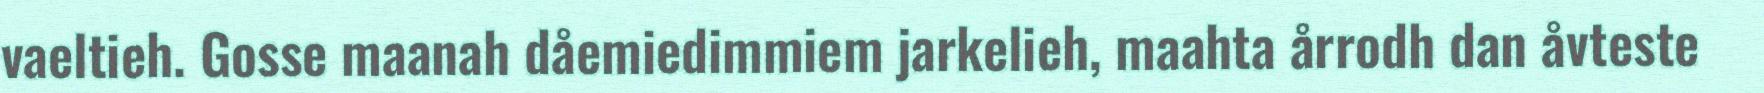
vaeltieh. Gosse maanah dåemiedimmiem jarkelieh, maahta årrodh dan åvteste